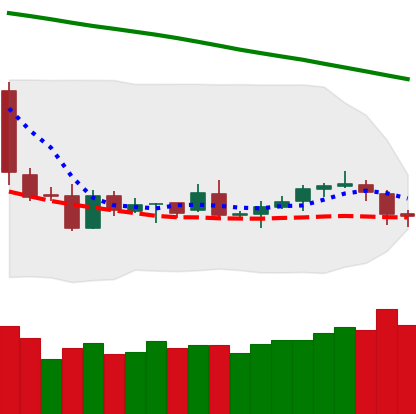
Ticker: LTC-USD
Chart end date: 2019-01-29
Forward return: 7.532%
Label: up_7plus